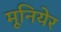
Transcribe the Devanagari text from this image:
मूनियेर